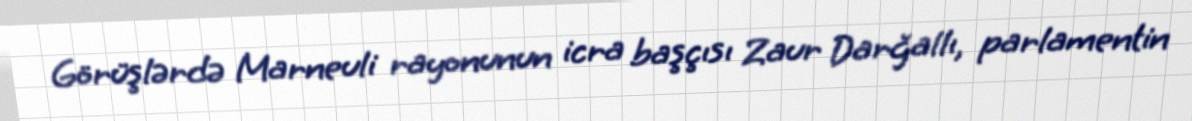
Görüşlərdə Marneuli rayonunun icra başçısı Zaur Darğallı, parlamentin